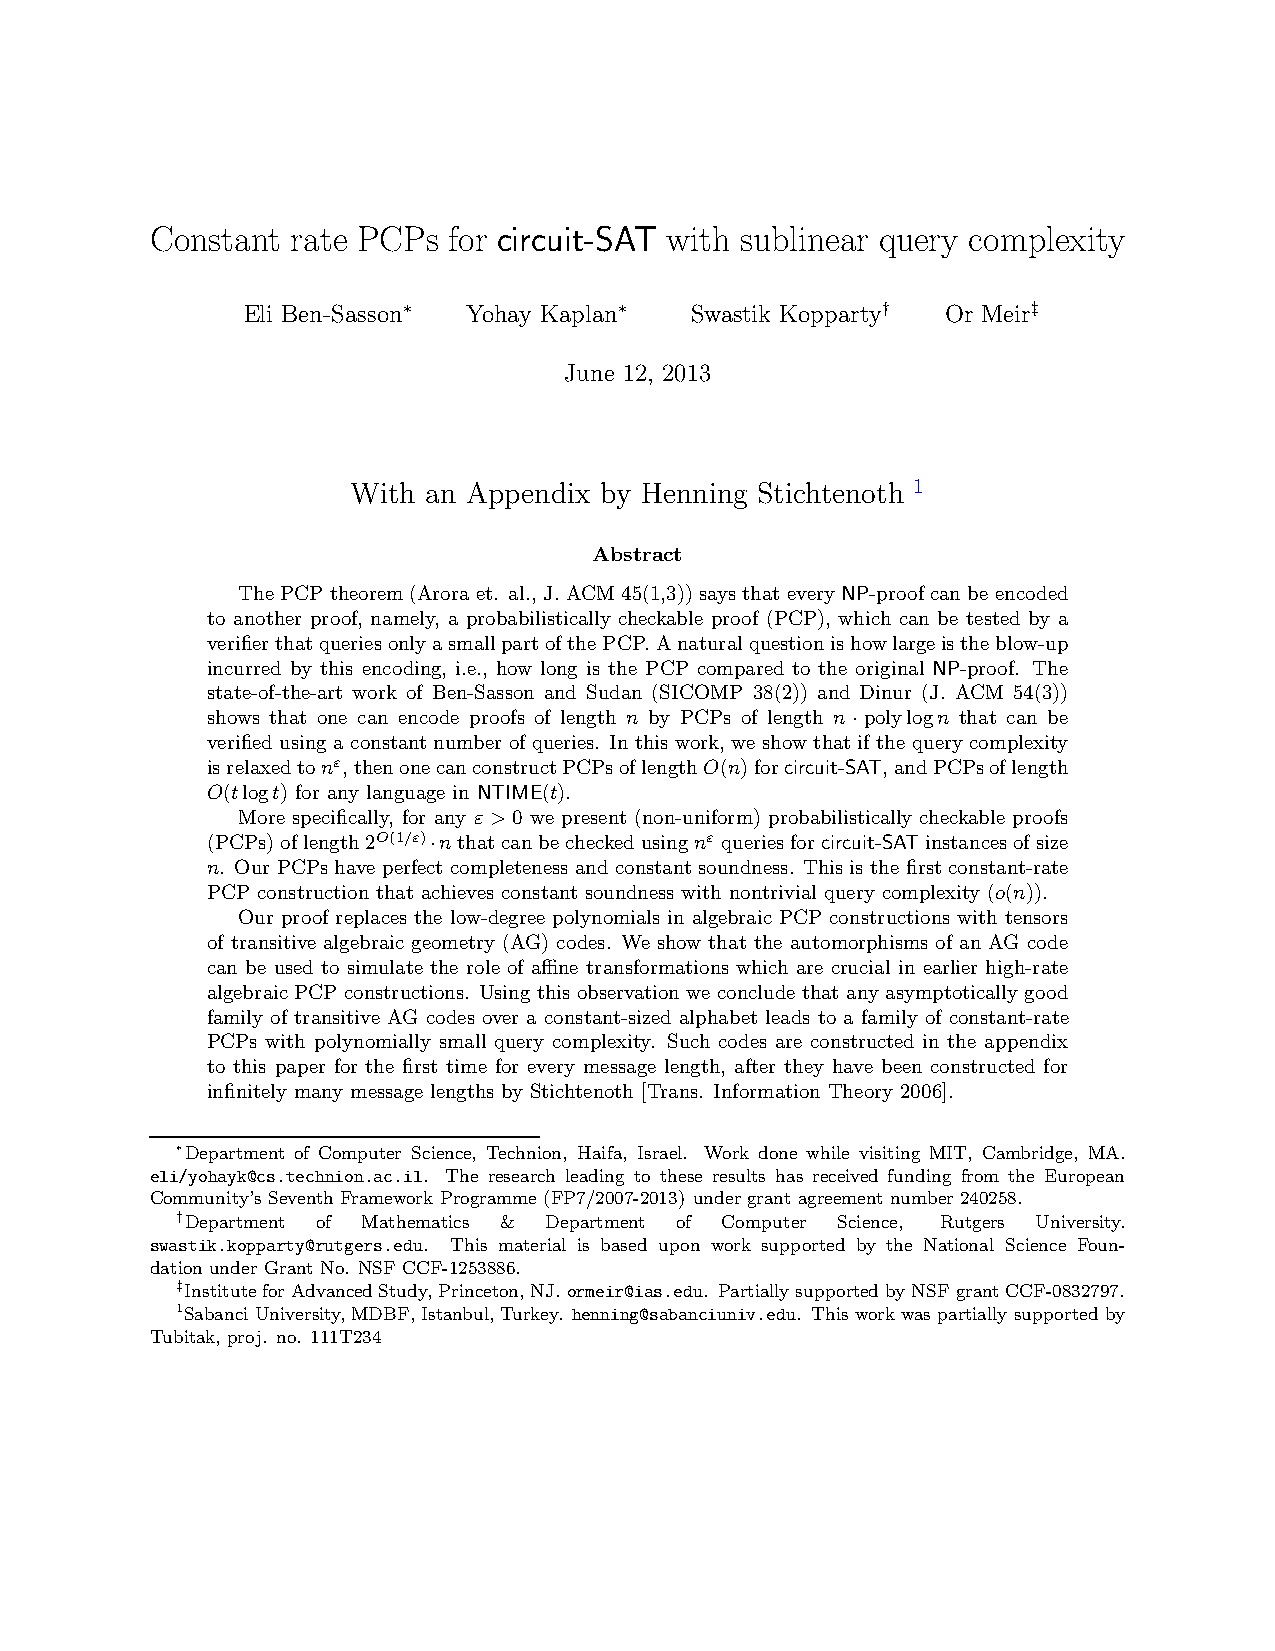
circuit-SAT
 Constant rate PCPs  for           with sublinear query complexity
 Eli Ben-Sasson Yohay Kaplan   Swastik Kopparty Or Meir
 ∗             ∗                †         ‡
 June 12, 2013
 With an Appendix by Henning Stichtenoth 1
 Abstract
 The PCP theorem(Aroraet. al.,J.ACM 45(1,3))saysthat everyNP-proofcanbe encoded
 to another proof, namely, a probabilistically checkable proof (PCP), which can be tested by a
 verifierthatqueriesonlyasmallpartofthePCP.Anaturalquestionishowlargeistheblow-up
 incurred by this encoding, i.e., how long is the PCP compared to the original NP-proof. The
 state-of-the-art work of Ben-Sasson and Sudan (SICOMP 38(2)) and Dinur (J. ACM 54(3))
 shows that one can encode proofs of length n by PCPs of length n polylogn that can be
 ·
 verified using a constantnumber of queries. In this work,we show that if the query complexity
 isrelaxedtonε,thenonecanconstructPCPsoflengthO(n)forcircuit-SAT,andPCPsoflength
 O(tlogt) for any language in NTIME(t).
 More specifically, for any ε > 0 we present (non-uniform) probabilistically checkable proofs
 (PCPs)oflength2O(1/ε) nthatcanbecheckedusingnε queriesforcircuit-SATinstancesofsize
 ·
 n. Our PCPs haveperfect completeness and constantsoundness. This is the first constant-rate
 PCP construction that achieves constant soundness with nontrivial query complexity (o(n)).
 Our proof replaces the low-degree polynomials in algebraic PCP constructions with tensors
 of transitive algebraic geometry (AG) codes. We show that the automorphisms of an AG code
 can be used to simulate the role of affine transformations which are crucial in earlier high-rate
 algebraicPCP constructions. Using this observationwe conclude that any asymptoticallygood
 family of transitive AG codes over a constant-sized alphabet leads to a family of constant-rate
 PCPs with polynomially small query complexity. Such codes are constructed in the appendix
 to this paper for the first time for every message length, after they have been constructed for
 infinitely many message lengths by Stichtenoth [Trans. Information Theory 2006].
 ∗Department of Computer Science, Technion, Haifa, Israel. Work done while visiting MIT, Cambridge, MA.
 eli/yohayk@cs.technion.ac.il. The research leading to these results has received funding from the European
 Community’s SeventhFramework Programme (FP7/2007-2013) undergrant agreement number240258.
 †Department of Mathematics & Department of Computer Science, Rutgers University.
 swastik.kopparty@rutgers.edu. This material is based upon work supported by the National Science Foun-
 dation underGrant No. NSFCCF-1253886.
 ‡InstituteforAdvancedStudy,Princeton,NJ.ormeir@ias.edu. PartiallysupportedbyNSFgrantCCF-0832797.
 1SabanciUniversity,MDBF,Istanbul,Turkey. henning@sabanciuniv.edu. Thisworkwaspartially supportedby
 Tubitak,proj. no. 111T234